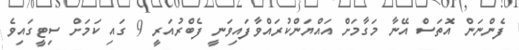
ފެންނަން އޮތަސް އޭނާ މަގާމަށް އައްޔަންކުރައްވާފައިވަނީ ފެބްރުއަރީ 9 ގައި ކަމަށް ސިޓީގައިވެ